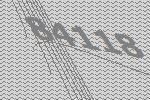
84118